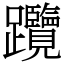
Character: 𨈇